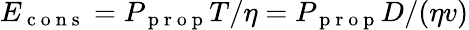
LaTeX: E_{\mathrm{~c~o~n~s~}}=P_{\mathrm{~p~r~o~p~}}T/\eta=P_{\mathrm{~p~r~o~p~}}D/(\eta v)